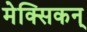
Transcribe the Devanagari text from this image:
मेक्सिकन्